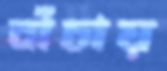
বাঁচায়